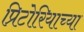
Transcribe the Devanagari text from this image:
प्रिटोरियाच्या